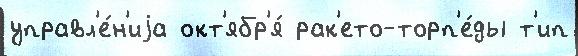
управл'е́н'иjа окт'ябр'я́ рак'ето-торп'е́ды т'ип